Epidemic dropsy in Calcutta - Number 49
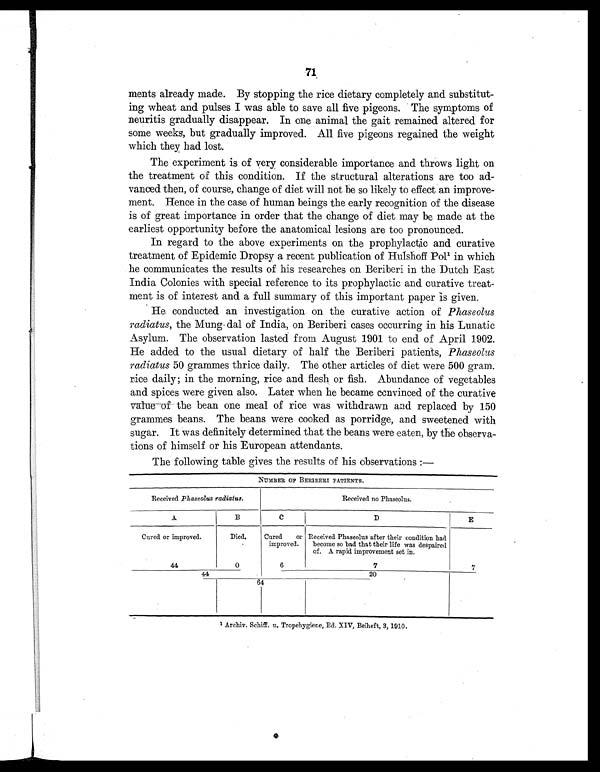
71
ments already made. By stopping the rice dietary completely and substitut-
ing wheat and pulses I was able to save all five pigeons. The symptoms of
neuritis gradually disappear. In one animal the gait remained altered for
some weeks, but gradually improved. All five pigeons regained the weight
which they had lost.
The experiment is of very considerable importance and throws light on
the treatment of this condition. If the structural alterations are too ad-
vanced then, of course, change of diet will not be so likely to effect an improve-
ment. Hence in the case of human beings the early recognition of the disease
is of great importance in order that the change of diet may be made at the
earliest opportunity before the anatomical lesions are too pronounced.
In regard to the above experiments on the prophylactic and curative
treatment of Epidemic Dropsy a recent publication of Hulshoff Pol.¹ in which
he communicates the results of his researches on Beriberi in the Dutch East
India Colonies with special reference to its prophylactic and curative treat-
ment is of interest and a full summary of this important paper is given.
He conducted an investigation on the curative action of Phaseolus
radiatus, the Mung dal of India, on Beriberi cases occurring in his Lunatic
Asylum. The observation lasted from August 1901 to end of April 1902.
He added to the usual dietary of half the Beriberi patients, Phaseolus
radiatus 50 grammes thrice daily. The other articles of diet were 500 gram.
rice daily; in the morning, rice and flesh or fish. Abundance of vegetables
and spices were given also. Later when he became convinced of the curative
value of the bean one meal of rice was withdrawn and replaced by 150
grammes beans. The beans were cooked as porridge, and sweetened with
sugar. It was definitely determined that the beans were eaten, by the observa-
tions of himself or his European attendants.
The following table gives the results of his observations :—
N U M B E R O F B E R I B E R I P A T I E N T S .
Received Phaseolus radiatus.
Received no Phaseolus.
A
B
C
D
E
Cured or improved.
Died. Cured or
improved.
Received Phaseolus after their condition had
become so bad that their life was despaired
of A rapid improvement set in.
44
0
6
7
7
4 4
20
64
1 Archiv. Schiff. u. Tropehygiene, Bd. XIV, Beiheft, 3, 1910.